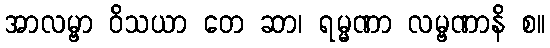
အာလမ္ဗာ ဝိသယာ တေ ဆာ၊ ရမ္မဏာ လမ္ဗဏာနိ စ။